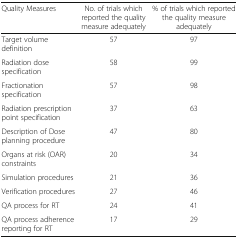
<table><thead><tr><td><b>Quality Measures</b></td><td><b>No. of trials which reported the quality measure adequately</b></td><td><b>% of trials which reported the quality measure adequately</b></td></tr></thead><tbody><tr><td>Target volume definition</td><td>57</td><td>97</td></tr><tr><td>Radiation dose specification</td><td>58</td><td>99</td></tr><tr><td>Fractionation specification</td><td>57</td><td>98</td></tr><tr><td>Radiation prescription point specification</td><td>37</td><td>63</td></tr><tr><td>Description of Dose planning procedure</td><td>47</td><td>80</td></tr><tr><td>Organs at risk (OAR) constraints</td><td>20</td><td>34</td></tr><tr><td>Simulation procedures</td><td>21</td><td>36</td></tr><tr><td>Verification procedures</td><td>27</td><td>46</td></tr><tr><td>QA process for RT</td><td>24</td><td>41</td></tr><tr><td>QA process adherence reporting for RT</td><td>17</td><td>29</td></tr></tbody></table>